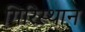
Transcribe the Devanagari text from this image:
गिरिस्थान